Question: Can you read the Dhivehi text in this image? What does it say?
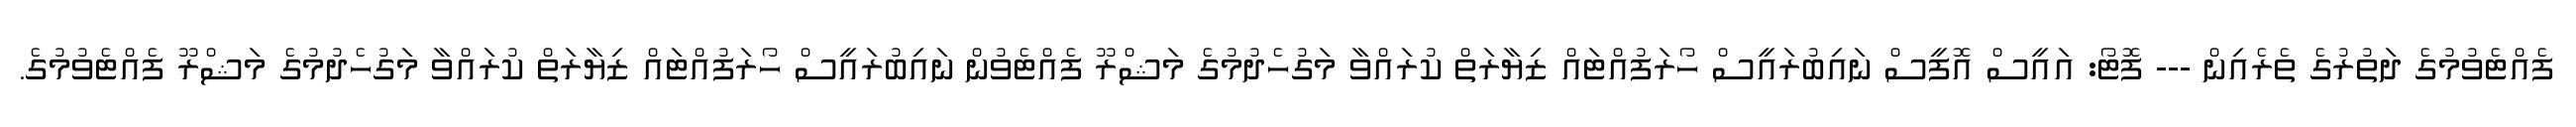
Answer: ފެއްޓެވުމުގެ ދަތުރުގެ ތެރެއިން --- ފޮޓޯ: އައީސް އޮފީސް ނައިބުރައީސް ހޯރަފުއްޓައް ޒިޔާރަތް ކުރައްވާ މަގުހެދުމުގެ މަޝްރޫ ފެއްޓެވުން ނައިބުރައީސް ހޯރަފުއްޓައް ޒިޔާރަތް ކުރައްވާ މަގުހެދުމުގެ މަޝްރޫ ފެއްޓެވުމުގެ.